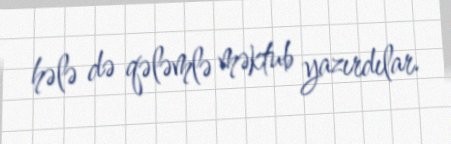
hələ də qələmlə məktub yazırdılar.